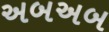
અબઅબ